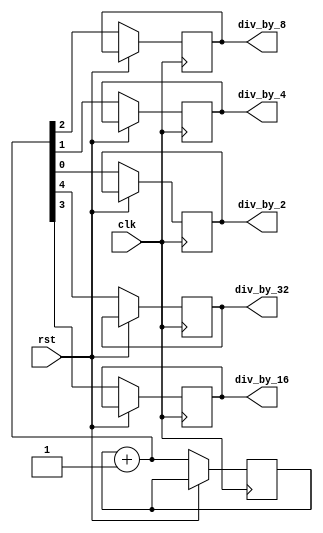
module Clock_divider(
    input clk,rst,
    output reg div_by_2,div_by_4,div_by_8,div_by_16,div_by_32
    );

    reg [4:0]d;

    initial d=0;
    
    always@(posedge clk)
    begin
        if(rst==0)
        begin
            d=d+5'b00001;
            div_by_2=d[0];
            div_by_4=d[1];
            div_by_8=d[2]; 
            div_by_16=d[3];
            div_by_32=d[4];
        end
    end
endmodule